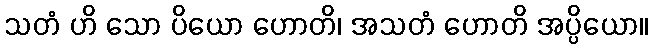
သတံ ဟိ သော ပိယော ဟောတိ၊ အသတံ ဟောတိ အပ္ပိယော။